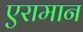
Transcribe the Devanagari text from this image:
एरामान